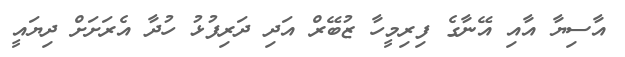
އާސިޔާ އާއި އޭނާގެ ފިރިމީހާ ޒުބޭރް އަދި ދަރިފުޅު ހުދާ އެރަށަށް ދިޔައީ